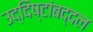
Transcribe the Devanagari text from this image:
उद्दिष्टांबद्दल